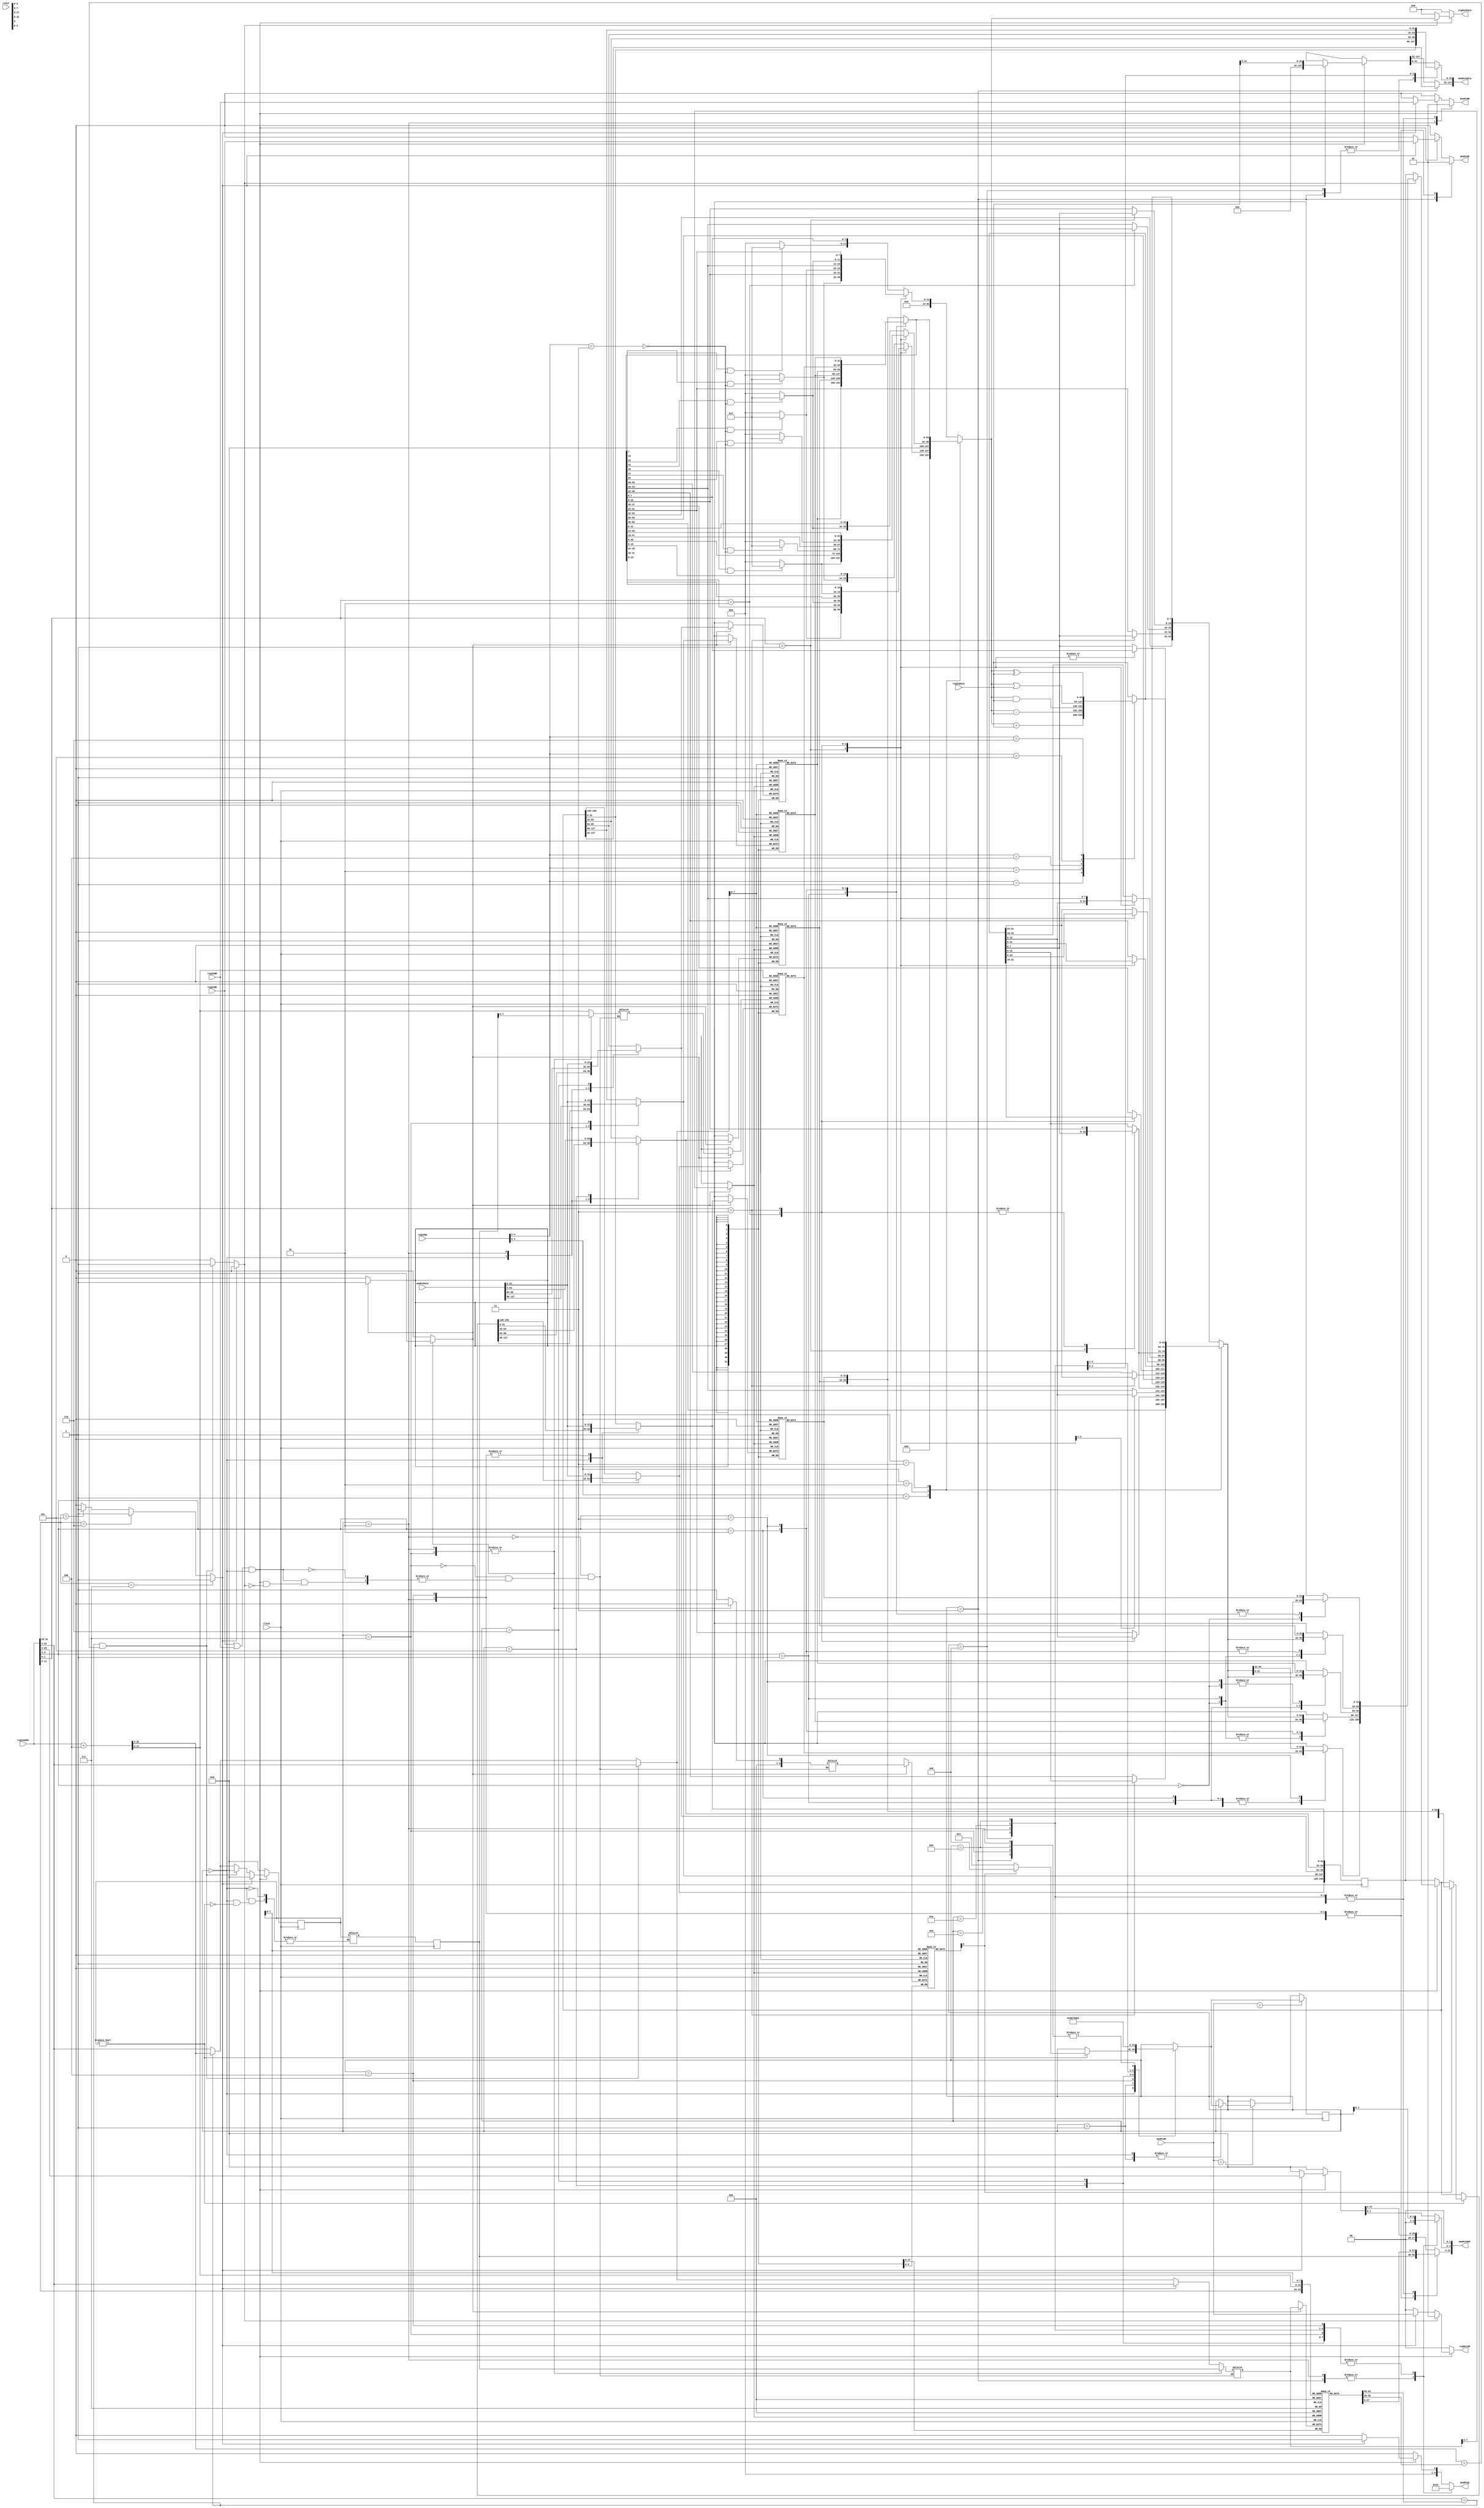
module DcTile2(
	/* verilator lint_off UNUSED */
	clock, reset,
	regInData,		regOutData,
	regInAddr,		regOutOK,
	regInOE,		regInWR,
	regInOp,
	memPcData,		memOutData,
	memPcAddr,		memPcOK,
	memPcOE,		memPcWR,
	memPcOp
	);

input			clock;
input			reset;

input[31:0]		regInAddr;		//input PC address
input[63:0]		regInData;		//input data (store)
input			regInOE;		//Load
input			regInWR;		//Store
input[4:0]		regInOp;		//Operation Size/Type

output[63:0]	regOutData;		//output data (load)
output[1:0]		regOutOK;		//set if operation suceeds

input[127:0]	memPcData;		//memory data in
output[127:0]	memOutData;		//memory data out
output[31:0]	memPcAddr;		//memory address
output			memPcOE;		//memory load
output			memPcWR;		//memory store
input[1:0]		memPcOK;		//memory OK
output[4:0]		memPcOp;		//memory PC operation


// reg[31:0]	icBlkLo[511:0];		//Block Low DWord
// reg[31:0]	icBlkHi[511:0];		//Block High DWord
(* ram_style="block" *) reg[31:0]	icBlkA[255:0];		//Block DWord A
(* ram_style="block" *) reg[31:0]	icBlkB[255:0];		//Block DWord B
(* ram_style="block" *) reg[31:0]	icBlkC[255:0];		//Block DWord C
(* ram_style="block" *) reg[31:0]	icBlkD[255:0];		//Block DWord D
(* ram_style="block" *) reg[31:0]	icBlkE[255:0];		//Block DWord E
(* ram_style="block" *) reg[27:0]	icBlkAd[255:0];		//Block Addresses
(* ram_style="block" *) reg[3:0]	icBlkFl[255:0];		//Block Addresses

reg[31:0]	tRegInPc1;
reg[31:0]	tRegInPc2;
reg[27:0]	tBlkNeedAd1;
reg[27:0]	tBlkNeedAd2;

reg[27:0]	tBlkNeedAd3;
reg[27:0]	tBlkNeedAd4;

reg[31:0]	tRegInPc3;
reg[31:0]	tRegInPc4;

reg[63:0]	tBlkData1;
reg[63:0]	tBlkData2;
reg[63:0]	tBlkData3;
reg[63:0]	tBlkData4;

reg[63:0]	tRegOutData;
reg[1:0]	tRegOutOK;

reg			tRdZx;

reg[63:0]	tRegInData;

reg[31:0]	tMemPcAddr;		//memory address
reg			tMemPcOE;		//memory load
reg			tMemPcWR;		//memory store
reg[127:0]	tMemOutData;	//memory data
reg[4:0]	tMemPcOp;		//memory operation

assign		memPcAddr = tMemPcAddr;
assign		memOutData = tMemOutData;
assign		memPcOE = tMemPcOE;
assign		memPcWR = tMemPcWR;
assign		memPcOp = tMemPcOp;

reg[27:0]	reqNeedAd;
reg[27:0]	nReqNeedAd;

assign		regOutData = tRegOutData;
assign		regOutOK = tRegOutOK;


assign		memPcAddr = tMemPcAddr;
assign		memPcOE = tMemPcOE;

reg[3:0]	isReqTileSt;
reg[27:0]	isReqNeedAd;
reg[3:0]	nxtReqTileSt;
reg[27:0]	nxtReqNeedAd;

reg			nxtReqCommit;
reg[27:0]	nxtReqCommitAd1;
reg[27:0]	nxtReqCommitAd2;
reg[3:0]	nxtReqCommitFl;

reg[159:0]	reqTempBlk;
reg[159:0]	nxtReqTempBlk;
reg[159:0]	accTempBlk;
reg			accHit;
reg			accNoCache;

always @*
begin
	tRegInPc1=regInAddr;
	tRegInPc2=regInAddr+4;
	tBlkNeedAd1=tRegInPc1[31:4];
	tBlkNeedAd2=tRegInPc2[31:4];
	
	tRegOutData=0;
	tRegOutOK=0;

	nReqNeedAd=0;

	tBlkNeedAd3=tBlkNeedAd1;
	tBlkNeedAd4=tBlkNeedAd2;

	nxtReqTempBlk=reqTempBlk;

//	tMemPcAddr=32'hX;
	tMemPcAddr=0;
	tMemOutData=128'hX;
	tMemPcOE=0;
	tMemPcWR=0;
	tMemPcOp=0;

	accHit=0;
	accNoCache=0;

	if(regInAddr[31:29]==3'b101)
		accNoCache=1;
	if(regInAddr[31:29]==3'b110)
		accNoCache=1;
	if(regInAddr[31:29]==3'b111)
		accNoCache=1;

	if((regInOE || regInWR) &&
		(isReqTileSt==0))
	begin
		if(accNoCache)
		begin
			accHit=0;
			accTempBlk=160'hX;

			tMemPcAddr[29:2]=regInAddr[29:2];
			tMemOutData={96'h0, regInData[31:0]};
			tMemPcOE=regInOE;
			tMemPcWR=regInWR;
			tMemPcOp=1;
			tRegOutOK=memPcOK;
		end
		else
		begin
			if((tBlkNeedAd1==icBlkAd[tBlkNeedAd1[7:0]]) &&
				(tBlkNeedAd2==icBlkAd[tBlkNeedAd2[7:0]]))
			begin
				accHit=1;
			end
			else if(tBlkNeedAd1==icBlkAd[tBlkNeedAd1[7:0]])
			begin
				nReqNeedAd=tBlkNeedAd2;
				tBlkNeedAd3=tBlkNeedAd2;
			end
			else
			begin
				nReqNeedAd=tBlkNeedAd1;
				tBlkNeedAd3=tBlkNeedAd1;
			end

			accTempBlk[ 31:  0]=icBlkA[tBlkNeedAd3[7:0]];
			accTempBlk[ 63: 32]=icBlkB[tBlkNeedAd3[7:0]];
			accTempBlk[ 95: 64]=icBlkC[tBlkNeedAd3[7:0]];
			accTempBlk[127: 96]=icBlkD[tBlkNeedAd3[7:0]];
			accTempBlk[159:128]=icBlkE[tBlkNeedAd4[7:0]];
		end

		if(accHit)
		begin
			case(regInAddr[3:2])
			2'b00: tBlkData2=accTempBlk[ 63:  0];
			2'b01: tBlkData2=accTempBlk[ 95: 32];
			2'b10: tBlkData2=accTempBlk[127: 64];
			2'b11: tBlkData2=accTempBlk[159: 96];
			endcase

			tRdZx = (regInOp[4:2]==3'b011);
			case(regInOp[1:0])
				2'b00: begin
					case(regInAddr[1:0])
						2'b00: tRegOutData={
							(tBlkData2[ 7] && !tRdZx) ? 56'hF : 56'h0,
							tBlkData2[ 7: 0] };
						2'b01: tRegOutData={
							(tBlkData2[15] && !tRdZx) ? 56'hF : 56'h0,
							tBlkData2[15: 8]};
						2'b10: tRegOutData={
							(tBlkData2[23] && !tRdZx) ? 56'hF : 56'h0,
							tBlkData2[23:16]};
						2'b11: tRegOutData={
							(tBlkData2[31] && !tRdZx) ? 56'hF : 56'h0,
							tBlkData2[31:24]};
					endcase
				end

				2'b01: begin
					case(regInAddr[1:0])
						2'b00: tRegOutData={
							(tBlkData2[15] && !tRdZx) ? 48'hF : 48'h0,
							tBlkData2[ 15: 0] };
						2'b01: tRegOutData={
							(tBlkData2[23] && !tRdZx) ? 48'hF : 48'h0,
							tBlkData2[23: 8]};
						2'b10: tRegOutData={
							(tBlkData2[31] && !tRdZx) ? 48'hF : 48'h0,
							tBlkData2[31:16]};
						2'b11: tRegOutData={
							(tBlkData2[39] && !tRdZx) ? 48'hF : 48'h0,
							tBlkData2[39:24]};
					endcase
				end

				2'b10: begin
					case(regInAddr[1:0])
						2'b00: tRegOutData={
							(tBlkData2[31] && !tRdZx) ? 32'hF : 32'h0,
							tBlkData2[ 31: 0] };
						2'b01: tRegOutData={
							(tBlkData2[39] && !tRdZx) ? 32'hF : 32'h0,
							tBlkData2[39: 8]};
						2'b10: tRegOutData={
							(tBlkData2[47] && !tRdZx) ? 32'hF : 32'h0,
							tBlkData2[47:16]};
						2'b11: tRegOutData={
							(tBlkData2[55] && !tRdZx) ? 32'hF : 32'h0,
							tBlkData2[55:24]};
					endcase
				end

				2'b11: tRegOutData=        tBlkData2[63: 0] ;
			endcase

			tRegOutOK=1;

			tRegInData = regInData;
			case(regInOp[4:2])
				3'b000:	tRegInData = regInData;
				3'b001:	tRegInData = tRegOutData + regInData;
				3'b010:	tRegInData = tRegOutData - regInData;
				3'b011:	tRegInData = regInData;
				3'b100:	tRegInData = tRegOutData & regInData;
				3'b101:	tRegInData = tRegOutData | regInData;
				3'b110:	tRegInData = tRegOutData ^ regInData;
				3'b111:	tRegInData = regInData;
			endcase

			case(regInOp[1:0])
				2'b00: begin
					case(regInAddr[1:0])
						2'b00: begin
							tBlkData3[ 7:0]=tRegInData[ 7:0];
							tBlkData3[63:8]=tBlkData2[63:8];
						end
						2'b01: begin
							tBlkData3[ 7: 0]=tBlkData2[ 7: 0];
							tBlkData3[15: 8]=tRegInData[ 7: 0];
							tBlkData3[63:16]=tBlkData2[63:16];
						end 
						2'b10: begin
							tBlkData3[15: 0]=tBlkData2[15: 0];
							tBlkData3[23:16]=tRegInData[ 7: 0];
							tBlkData3[63:24]=tBlkData2[63:24];
						end 
						2'b11: begin
							tBlkData3[23: 0]=tBlkData2[23: 0];
							tBlkData3[31:24]=tRegInData[ 7: 0];
							tBlkData3[63:32]=tBlkData2[63:32];
						end
					endcase
				end

				2'b01: begin
					case(regInAddr[1:0])
						2'b00: begin
							tBlkData3[15: 0]=tRegInData[15: 0];
							tBlkData3[63:16]=tBlkData2[63:16];
						end
						2'b01: begin
							tBlkData3[ 7: 0]=tBlkData2[ 7: 0];
							tBlkData3[23: 8]=tRegInData[15: 0];
							tBlkData3[63:24]=tBlkData2[63:24];
						end 
						2'b10: begin
							tBlkData3[15: 0]=tBlkData2[15: 0];
							tBlkData3[31:16]=tRegInData[15: 0];
							tBlkData3[63:32]=tBlkData2[63:32];
						end 
						2'b11: begin
							tBlkData3[23: 0]=tBlkData2[23: 0];
							tBlkData3[39:24]=tRegInData[15: 0];
							tBlkData3[63:40]=tBlkData2[63:40];
						end
					endcase
				end

				2'b10: begin
					case(regInAddr[1:0])
						2'b00: begin
							tBlkData3[31: 0]=tRegInData[31: 0];
							tBlkData3[63:32]=tBlkData2[63:32];
						end
						2'b01: begin
							tBlkData3[ 7: 0]=tBlkData2[ 7: 0];
							tBlkData3[39: 8]=tRegInData[31: 0];
							tBlkData3[63:40]=tBlkData2[63:40];
						end 
						2'b10: begin
							tBlkData3[15: 0]=tBlkData2[15: 0];
							tBlkData3[47:16]=tRegInData[31: 0];
							tBlkData3[63:48]=tBlkData2[63:48];
						end 
						2'b11: begin
							tBlkData3[23: 0]=tBlkData2[23: 0];
							tBlkData3[55:24]=tRegInData[31: 0];
							tBlkData3[63:56]=tBlkData2[63:56];
						end
					endcase
				end

				2'b11: begin
					tBlkData3[63: 0]=tRegInData[63: 0];
				end
			endcase

//			tBlkData4[31: 0]=regInPc[2]?tBlkData3[63:32]:tBlkData3[31: 0];
//			tBlkData4[63:32]=regInPc[2]?tBlkData3[31: 0]:tBlkData3[63:32];

			nxtReqTempBlk=accTempBlk;

			case(regInAddr[3:2])
				2'b00: nxtReqTempBlk[ 63:  0]=tBlkData3;
				2'b01: nxtReqTempBlk[ 95: 32]=tBlkData3;
				2'b10: nxtReqTempBlk[127: 64]=tBlkData3;
				2'b11: nxtReqTempBlk[159: 96]=tBlkData3;
			endcase

			nxtReqCommit=regInWR;
			nxtReqCommitAd1=tBlkNeedAd3;
			nxtReqCommitAd2=tBlkNeedAd4;
			nxtReqCommitFl=1;

		end
	end

	nxtReqTileSt=isReqTileSt;
	nxtReqCommit=0;
	
	case(isReqTileSt)
		4'h0: begin
			if(reqNeedAd!=0)
			begin
				nxtReqNeedAd=reqNeedAd;
				nxtReqTileSt=4;
				if(icBlkFl[reqNeedAd[7:0]][0])
				begin
					nxtReqTempBlk=accTempBlk;
					nxtReqTileSt=8;
				end
			end
		end

		4'h1: begin
			nxtReqTileSt=0;
		end

		4'h2: begin
			nxtReqTempBlk[127:  0]=memPcData[127:0];
			nxtReqTempBlk[159:128]=memPcData[ 31:0];
			tMemPcAddr[31:4]=isReqNeedAd;
			tMemPcAddr[3:2]=0;
			tMemPcOE=1;
			tMemPcWR=0;
			tMemPcOp=1;
			nxtReqTileSt=4'h1;
			nxtReqCommit=1;
			nxtReqCommitAd1=isReqNeedAd;
			nxtReqCommitAd2=isReqNeedAd;
			nxtReqCommitFl=0;
		end

		4'h3: begin
			tMemPcAddr[31:4]=icBlkAd[reqNeedAd[7:0]];
			tMemPcAddr[3:2]=0;
			tMemOutData[127:0] = nxtReqTempBlk[127: 0];
			tMemPcOE=0;
			tMemPcWR=1;
			tMemPcOp=1;
			nxtReqTileSt=4'h1;
		end

		4'h4: begin
			tMemPcAddr[31:4]=isReqNeedAd;
			tMemPcAddr[3:2]=isReqTileSt[1:0];
			tMemPcOE=1;
			tMemPcOp=2;
			nxtReqTileSt=5;
			nxtReqTempBlk[ 31:  0]=memPcData[31:0];
			nxtReqTempBlk[159:128]=memPcData[31:0];
		end

		4'h5: begin
			tMemPcAddr[31:4]=isReqNeedAd;
			tMemPcAddr[3:2]=isReqTileSt[1:0];
			tMemPcOE=1;
			tMemPcOp=2;
			nxtReqTileSt=6;
			nxtReqTempBlk[63:32]=memPcData[31:0];
		end

		4'h6: begin
			tMemPcAddr[31:4]=isReqNeedAd;
			tMemPcAddr[3:2]=isReqTileSt[1:0];
			tMemPcOE=1;
			tMemPcOp=2;
			nxtReqTileSt=7;
			nxtReqTempBlk[95:64]=memPcData[31:0];
		end

		4'h7: begin
			tMemPcAddr[31:4]=isReqNeedAd;
			tMemPcAddr[3:2]=isReqTileSt[1:0];
			tMemPcOE=1;
			tMemPcOp=2;
			nxtReqTileSt=1;
			nxtReqTempBlk[127:96]=memPcData[31:0];
			nxtReqCommit=1;
			nxtReqCommitAd1=isReqNeedAd;
			nxtReqCommitAd2=isReqNeedAd;
			nxtReqCommitFl=0;
		end

		4'h8: begin
			tMemPcAddr[31:4]=icBlkAd[reqNeedAd[7:0]];
			tMemPcAddr[3:2]=isReqTileSt[1:0];
			tMemOutData[31:0] = nxtReqTempBlk[ 31:  0];
			tMemPcWR=1;
			tMemPcOp=2;
			nxtReqTileSt=4'h9;
		end

		4'h9: begin
			tMemPcAddr[31:4]=icBlkAd[reqNeedAd[7:0]];
			tMemPcAddr[3:2]=isReqTileSt[1:0];
			tMemOutData[31:0] = nxtReqTempBlk[ 63: 32];
			tMemPcWR=1;
			tMemPcOp=2;
			nxtReqTileSt=4'hA;
		end

		4'hA: begin
			tMemPcAddr[31:4]=icBlkAd[reqNeedAd[7:0]];
			tMemPcAddr[3:2]=isReqTileSt[1:0];
			tMemOutData[31:0] = nxtReqTempBlk[ 95: 64];
			tMemPcWR=1;
			tMemPcOp=2;
			nxtReqTileSt=4'hB;
		end

		4'hB: begin
			tMemPcAddr[31:4]=icBlkAd[reqNeedAd[7:0]];
			tMemPcAddr[3:2]=isReqTileSt[1:0];
			tMemOutData[31:0] = nxtReqTempBlk[127: 96];
			tMemPcWR=1;
			tMemPcOp=2;
			nxtReqTileSt=4'h1;
		end
		
		default: begin end
	endcase
end

always @ (posedge clock)
begin
	reqNeedAd <= nReqNeedAd;
	isReqNeedAd <= nxtReqNeedAd;
	reqTempBlk	<= nxtReqTempBlk;

	if(nxtReqCommit)
	begin
		icBlkA[nxtReqCommitAd1[7:0]]	<= nxtReqTempBlk[ 31:  0];
		icBlkB[nxtReqCommitAd1[7:0]]	<= nxtReqTempBlk[ 63: 32];
		icBlkC[nxtReqCommitAd1[7:0]]	<= nxtReqTempBlk[ 95: 64];
		icBlkD[nxtReqCommitAd1[7:0]]	<= nxtReqTempBlk[127: 96];
		icBlkE[nxtReqCommitAd2[7:0]]	<= nxtReqTempBlk[159:128];
		icBlkAd[nxtReqCommitAd1[7:0]]	<= nxtReqCommitAd1;
		icBlkFl[nxtReqCommitAd1[7:0]]	<= nxtReqCommitFl;
	end

	if(memPcOK==UMEM_OK_OK)
	begin
		isReqTileSt <= nxtReqTileSt;
	end
	else if(memPcOK==UMEM_OK_READY)
	begin
		case(isReqTileSt)
			4'h0: begin
				isReqTileSt <= nxtReqTileSt;
			end

			4'h1: begin
				isReqTileSt <= nxtReqTileSt;
			end
			
			default: begin end
		endcase
	end
end

endmodule